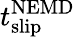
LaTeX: t_{\mathrm{slip}}^{\mathrm{NEMD}}